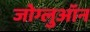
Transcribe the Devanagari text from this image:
जोग्लुऑन